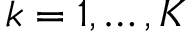
k = 1 , \ldots , K